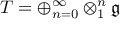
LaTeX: T = \oplus _ { n = 0 } ^ { \infty } \otimes _ { 1 } ^ { n } { \mathfrak { g } }